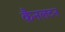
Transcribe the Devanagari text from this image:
कैनलटन